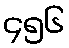
၄၅၆